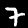
Digit: 7